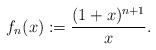
LaTeX: \begin{align*} f_{n}(x):=\frac{(1+x)^{n+1}}{x}.\end{align*}